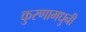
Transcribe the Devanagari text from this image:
कुरणामधुनी